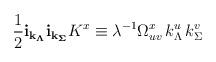
LaTeX: \begin{align*} \frac {1}{2} {\bf i}_{\bf k_\Lambda}{\bf i}_{\bf k_\Sigma}K^x\equiv \lambda^{-1} \Omega^x_{uv} \, k^u_\Lambda \, k^v_\Sigma\end{align*}